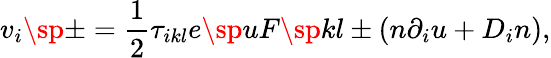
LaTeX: v_{i}\sp\pm=\frac{1}{2}\tau_{ikl}e\sp{u}F\sp{kl}\pm(n\partial_{i}u+D_{i}n),